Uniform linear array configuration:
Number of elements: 16
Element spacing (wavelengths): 0.25
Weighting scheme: binomial
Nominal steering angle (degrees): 30
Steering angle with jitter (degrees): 30.212
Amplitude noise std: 0.05
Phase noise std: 0.05

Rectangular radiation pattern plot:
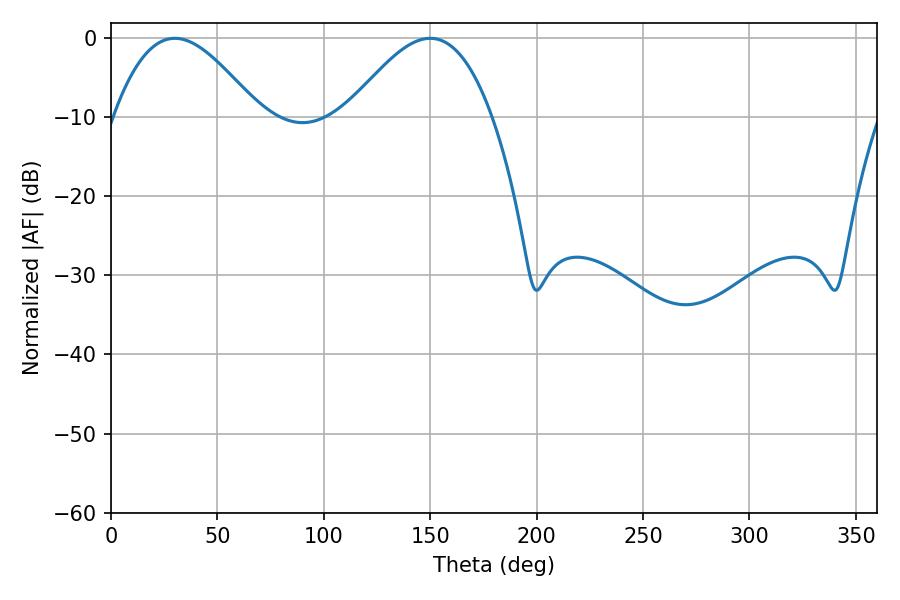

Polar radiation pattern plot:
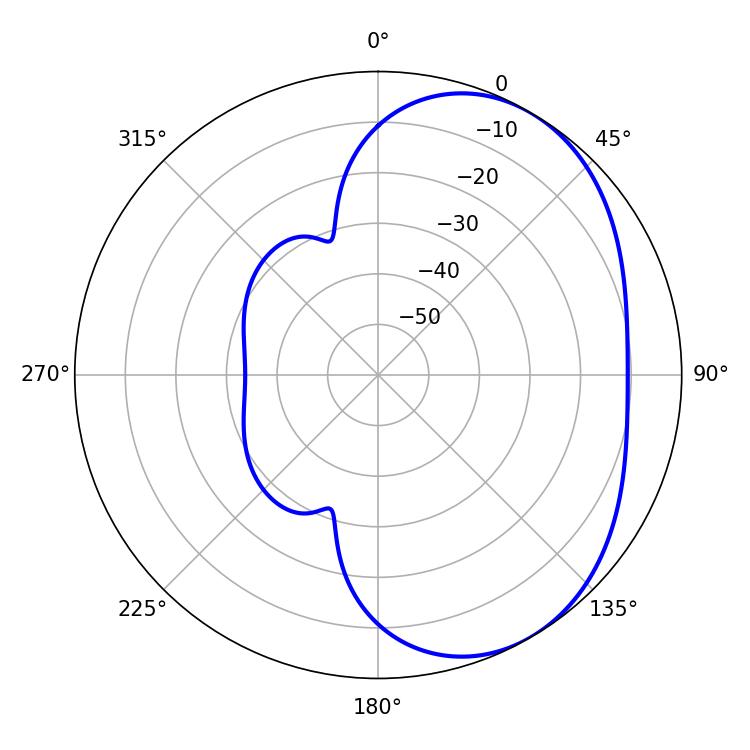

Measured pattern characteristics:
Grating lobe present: FALSE
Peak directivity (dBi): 4.034
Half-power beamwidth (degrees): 36.72
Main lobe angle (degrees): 30.06